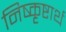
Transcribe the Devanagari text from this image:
निष्कृष्टार्थ